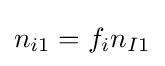
n_{i1}=f_{i}n_{I1}